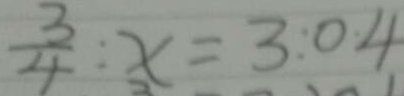
\frac { 3 } { 4 } : x = 3 : 0 4